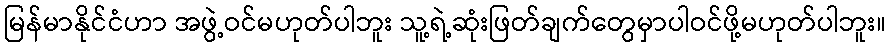
မြန်မာနိုင်ငံဟာ အဖွဲ့ဝင်မဟုတ်ပါဘူး သူ့ရဲ့ဆုံးဖြတ်ချက်တွေမှာပါဝင်ဖို့မဟုတ်ပါဘူး။